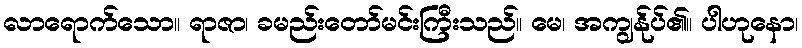
လာရောက်သော။ ရာဇာ၊ ခမည်းတော်မင်းကြီးသည်။ မေ၊ အကျွန်ုပ်၏။ ပါဟုနော၊